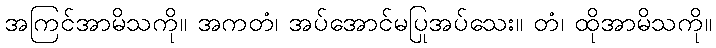
အကြင်အာမိသကို။ အကတံ၊ အပ်အောင်မပြုအပ်သေး။ တံ၊ ထိုအာမိသကို။